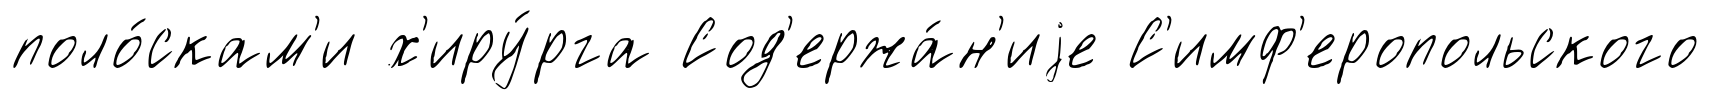
поло́скам'и х'иру́рга Сод'ержа́н'иjе С'имф'еропольского